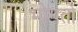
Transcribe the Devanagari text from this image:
भोगतो